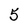
Character: 5